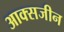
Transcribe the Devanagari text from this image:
आक्सजीन